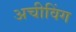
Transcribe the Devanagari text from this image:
अचीविंग